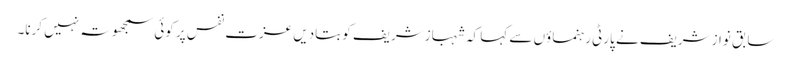
سابق نوازشریف نے پارٹی رہنماؤں سے کہا کہ شہبازشریف کو بتادیں عزت نفس پر کوئی سمجھوتہ نہیں کرنا۔